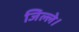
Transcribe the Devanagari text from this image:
जिल्ले।